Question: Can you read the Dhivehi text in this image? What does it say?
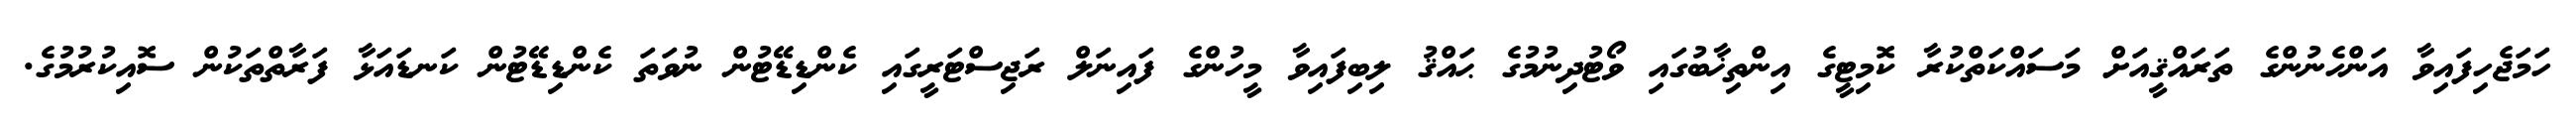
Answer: ހަމަޖެހިފައިވާ އަންހެނުންގެ ތަރައްޤީއަށް މަސައްކަތްކުރާ ކޮމިޓީގެ އިންތިޚާބުގައި ވޯޓުދިނުމުގެ ޙައްޤު ލިބިފައިވާ މީހުންގެ ފައިނަލް ރަޖިސްޓަރީގައި ކެންޑިޑޭޓުން ނުވަތަ ކެންޑިޑޭޓުން ކަނޑައަޅާ ފަރާތްތަކުން ސޮއިކުރުމުގެ.